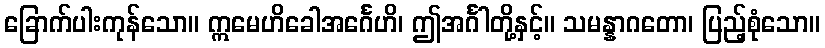
ခြောက်ပါးကုန်သော။ ဣမေဟိခေါအင်္ဂေဟိ၊ ဤအင်္ဂါတို့နှင့်။ သမန္နာဂတော၊ ပြည့်စုံသော။